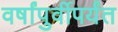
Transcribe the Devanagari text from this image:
वर्षांपुर्वीपर्यंत